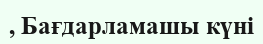
, Бағдарламашы күні